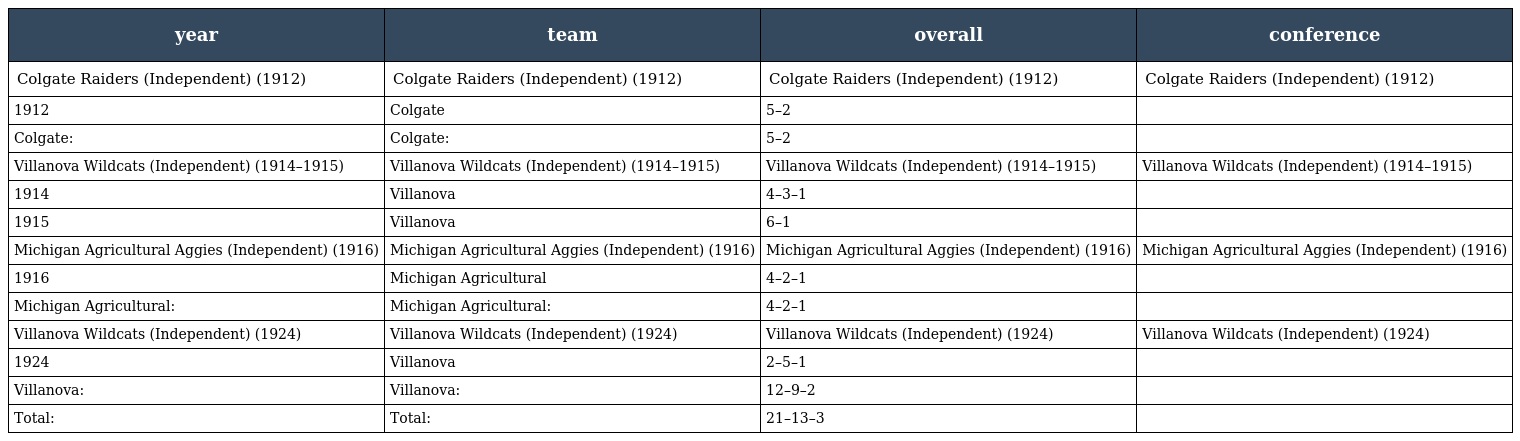
| year | team | overall | conference |
 | --- | --- | --- | --- |
 | Colgate Raiders (Independent) (1912) | Colgate Raiders (Independent) (1912) | Colgate Raiders (Independent) (1912) | Colgate Raiders (Independent) (1912) |
 | 1912 | Colgate | 5–2 |  |
 | Colgate: | Colgate: | 5–2 |  |
 | Villanova Wildcats (Independent) (1914–1915) | Villanova Wildcats (Independent) (1914–1915) | Villanova Wildcats (Independent) (1914–1915) | Villanova Wildcats (Independent) (1914–1915) |
 | 1914 | Villanova | 4–3–1 |  |
 | 1915 | Villanova | 6–1 |  |
 | Michigan Agricultural Aggies (Independent) (1916) | Michigan Agricultural Aggies (Independent) (1916) | Michigan Agricultural Aggies (Independent) (1916) | Michigan Agricultural Aggies (Independent) (1916) |
 | 1916 | Michigan Agricultural | 4–2–1 |  |
 | Michigan Agricultural: | Michigan Agricultural: | 4–2–1 |  |
 | Villanova Wildcats (Independent) (1924) | Villanova Wildcats (Independent) (1924) | Villanova Wildcats (Independent) (1924) | Villanova Wildcats (Independent) (1924) |
 | 1924 | Villanova | 2–5–1 |  |
 | Villanova: | Villanova: | 12–9–2 |  |
 | Total: | Total: | 21–13–3 |  |